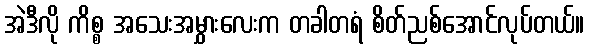
အဲဒီလို ကိစ္စ အသေးအမွှားလေးက တခါတရံ စိတ်ညစ်အောင်လုပ်တယ်။